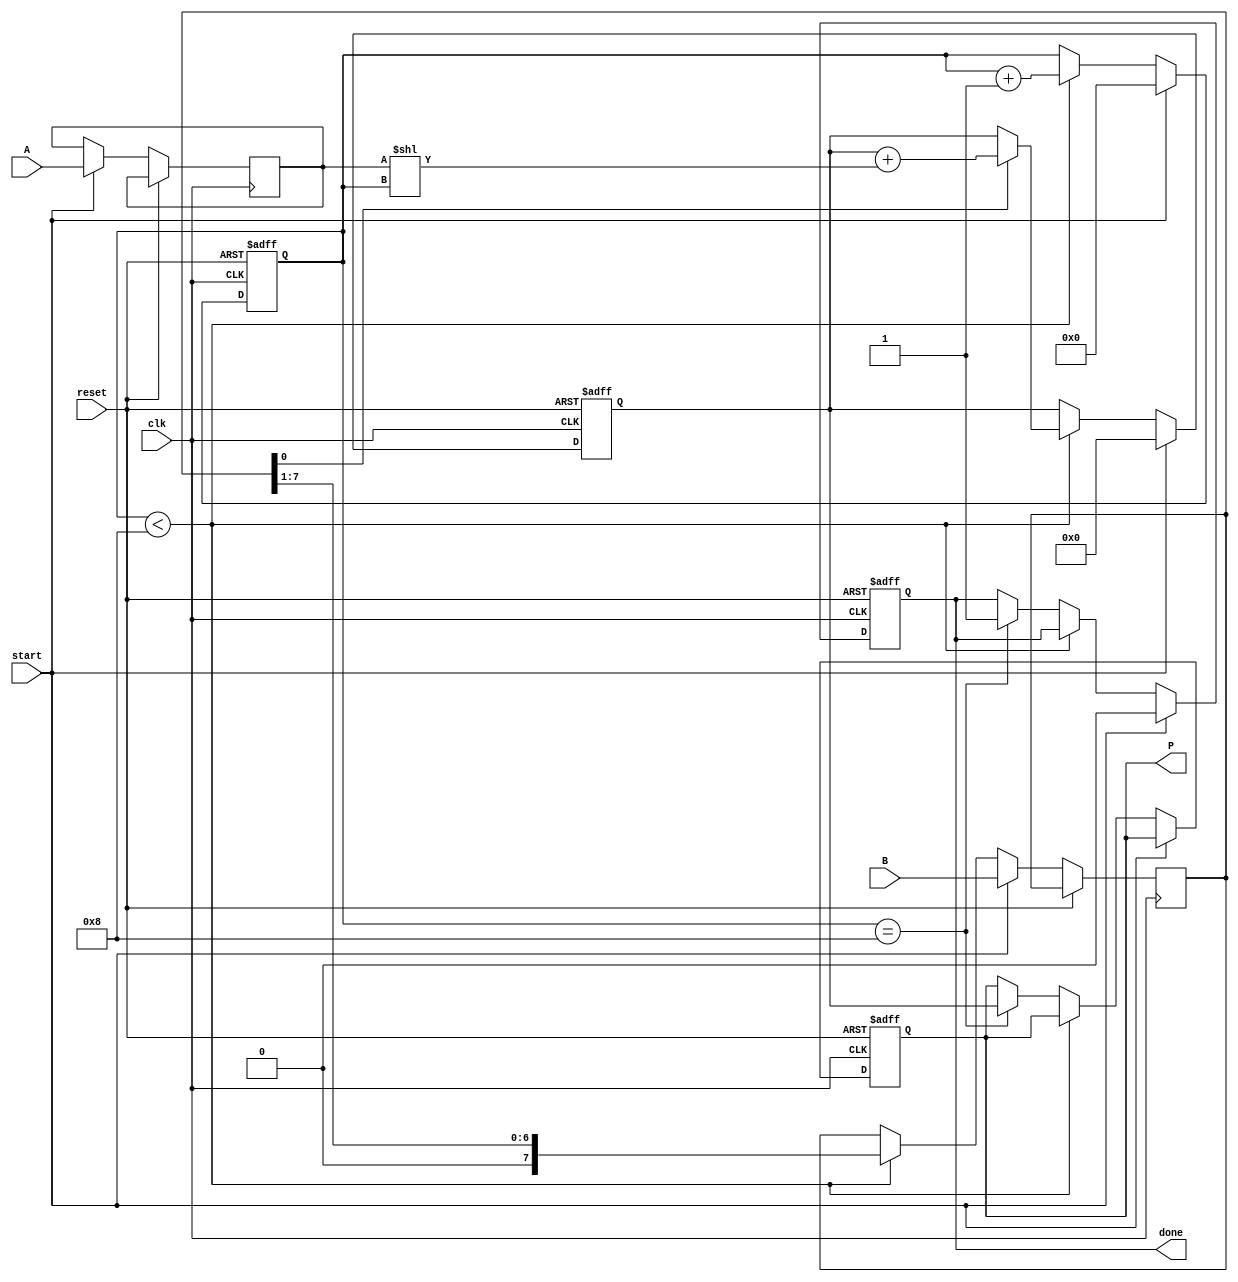
module radix2_multiplier #(parameter N = 8) (
    input wire [N-1:0] A,        // Multiplicand
    input wire [N-1:0] B,        // Multiplier
    input wire start,             // Start signal
    input wire clk,               // Clock signal
    input wire reset,             // Reset signal
    output reg [2*N-1:0] P,       // Product
    output reg done               // Done signal
);
    reg [N-1:0] multiplicand;
    reg [N-1:0] multiplier;
    reg [2*N-1:0] product;
    reg [3:0] count;              // Counter for multiplication steps

    always @(posedge clk or posedge reset) begin
        if (reset) begin
            P <= 0;
            product <= 0;
            done <= 0;
            count <= 0;
        end else if (start) begin
            multiplicand <= A;
            multiplier <= B;
            product <= 0;
            count <= 0;
            done <= 0;
        end else if (count < N) begin
            if (multiplier[0]) begin
                product <= product + (multiplicand << count);
            end
            multiplier <= multiplier >> 1;          // Shift right
            count <= count + 1;                      // Increment step count
        end else if (count == N) begin
            P <= product;                            // Store the final product
            done <= 1;                               // Indicate completion
        end
    end
endmodule